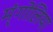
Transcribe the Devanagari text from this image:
म्ंगोलिया